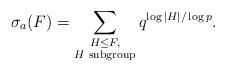
LaTeX: \begin{align*} \sigma_a(F)=\sum_{\substack{H\leq F,\\ \text{$H$ subgroup}}}q^{\log|H|/\log p}.\end{align*}